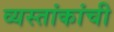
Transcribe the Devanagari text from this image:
व्यस्तांकांची